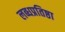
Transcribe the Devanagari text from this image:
लब्धप्रतिष्ठा